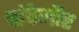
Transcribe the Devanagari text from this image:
चांपेगौर